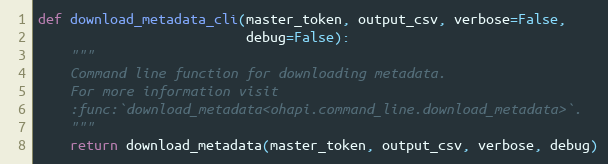
Language: Python
def download_metadata_cli(master_token, output_csv, verbose=False,
                          debug=False):
    """
    Command line function for downloading metadata.
    For more information visit
    :func:`download_metadata<ohapi.command_line.download_metadata>`.
    """
    return download_metadata(master_token, output_csv, verbose, debug)